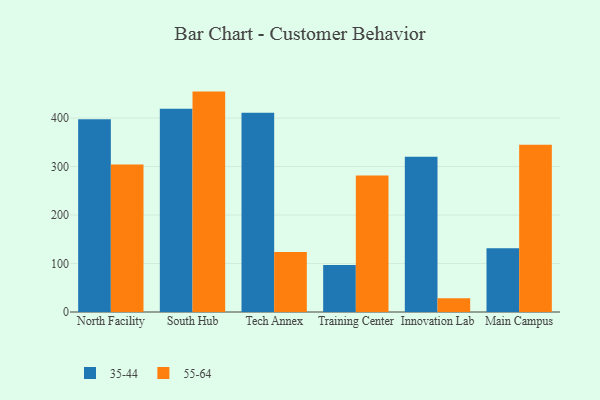
{"axis": {"x": "Campus", "y": "Waste Production (Tons)"}, "legend": ["35-44", "55-64"], "data": [{"x": "North Facility", "y": 397.5, "type": "35-44"}, {"x": "North Facility", "y": 304.1, "type": "55-64"}, {"x": "South Hub", "y": 419.3, "type": "35-44"}, {"x": "South Hub", "y": 454.6, "type": "55-64"}, {"x": "Tech Annex", "y": 411.0, "type": "35-44"}, {"x": "Tech Annex", "y": 124.0, "type": "55-64"}, {"x": "Training Center", "y": 96.9, "type": "35-44"}, {"x": "Training Center", "y": 281.3, "type": "55-64"}, {"x": "Innovation Lab", "y": 320.4, "type": "35-44"}, {"x": "Innovation Lab", "y": 28.5, "type": "55-64"}, {"x": "Main Campus", "y": 131.3, "type": "35-44"}, {"x": "Main Campus", "y": 345.2, "type": "55-64"}]}